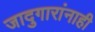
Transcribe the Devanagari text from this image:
जादुगारांनाही